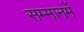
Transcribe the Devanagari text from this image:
सम्मानमें